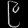
Digit: ၉